Report on vaccination in Madras 1904-1921 - 1904-1921
Year: 1904
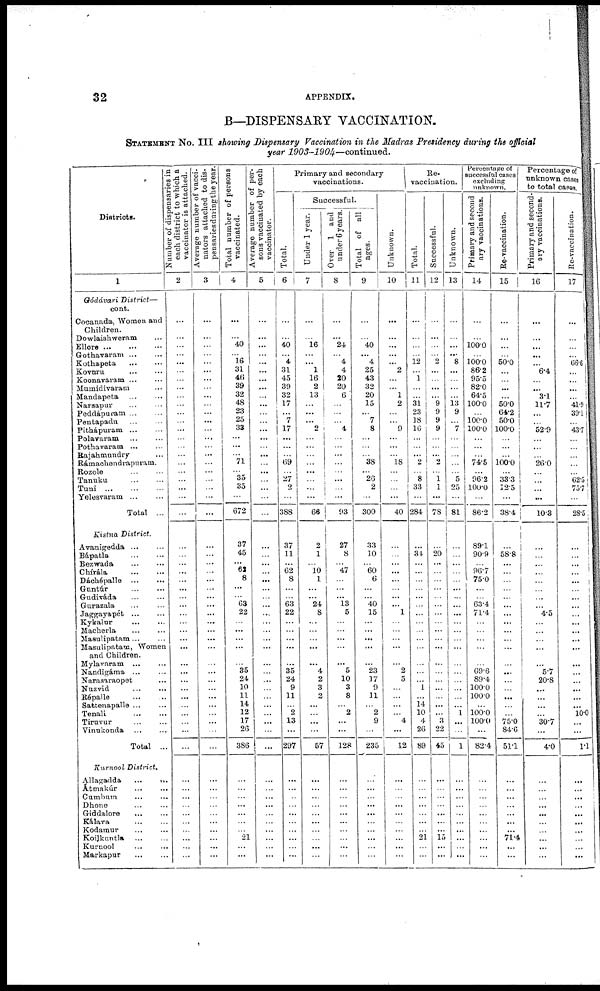
32
APPENDIX.
B—DISPENSARY VACCINATION.
STATEMENT No. III showing Dispensary Vaccination in the Madras Presidency during the official
year 1903-1904—continued.
Districts.
1
Gódávari District—
cont.
Cocanada, Women and
Children.
Dowlaishweram ...
Ellore ... ... ...
Gothavaram ... ...
Kothapeta ... ...
Kovuru ... ...
Koonavaram ... ...
Mumidivaram ... ...
Mandapeta ... ...
Narsapur ... ...
Peddápuram ... ...
Pentapadu ... ...
Pithápuram ... ...
Polavaram ... ...
Pothavaram ... ...
Rajahmundry ...
Rámachendrapuram.
Rozole ... ...
Tanuku ... ...
Tuni ... ... ...
Yelesvaram ... ...
Total ...
Kistna District.
Avanigedda ... ...
Bápatla ... ...
Bezwada ... ...
Chírála ... ...
Dáchépalle ... ...
Guntúr ... ...
Gudiváda ... ...
Gurazala ... ...
Jaggayapét ... ...
Kykalur ... ...
Macherla ... ...
Masulipatam... ...
Masulipatam, Women
and Children.
Mylavaram ... ...
Nandigáma ... ...
Narasaraopet ...
Nuzvid ... ...
Répalle ... ...
Sattenapalle ... ...
Tenali ... ...
Tiruvur ... ...
Vinukonda ... ...
Total ...
Kurnool District.
Allagadda
...
...
Átmakúr
...
...
Cumbum ... ...
Dhone ... ...
Giddalore ... ...
Kálava ... ...
Kodamur ... ...
Koilkuntla ... ...
Kurnool ... ...
Markapur ... ...
Number of dispensaries in
each district to which a
vaccinator is attached.
2
...
...
...
...
...
...
...
...
...
...
...
...
...
...
...
...
...
...
...
...
...
...
...
...
...
...
...
...
...
...
...
...
...
...
...
...
...
...
...
...
...
...
...
...
...
...
...
...
...
...
...
...
...
...
...
Average number of vacci-
nators attached to dis-
pensaries during the year.
3
...
...
...
...
...
...
...
...
...
...
...
...
...
...
...
...
...
...
...
...
...
...
...
...
...
...
...
...
...
...
...
...
...
...
...
...
...
...
...
...
...
...
...
...
...
...
...
...
...
...
...
...
...
...
...
Total number of persons
vaccinated.
4
...
...
40
...
16
31
46
39
32
48
23
25
33
...
...
...
71
...
35
35
...
672
37
45
...
62
8
...
...
63
22
...
...
...
...
...
35
24
10
11
14
12
17
26
386
...
...
...
...
...
...
...
21
...
...
Average number of per¬
sons vaccinated by each
vaccinator.
5
...
...
...
...
...
...
...
...
...
...
...
...
...
...
...
...
...
...
...
...
...
...
...
...
...
...
...
...
...
...
...
...
...
...
...
...
...
...
...
...
...
...
...
...
...
...
...
...
...
...
...
...
...
...
...
Primary and secondary
vaccinations.
Total.
6
...
...
40
...
4
31
45
39
32
17
...
7
17
...
...
...
69
...
27
2
...
388
37
11
...
62
8
...
...
63
22
...
...
...
...
...
35
24
9
11
...
2
13
...
297
...
...
...
...
...
...
...
...
...
...
Successful.
Under 1 year.
7
...
...
16
...
...
1
16
2
13
...
...
...
2
...
...
...
...
...
...
...
...
66
2
1
...
10 1
...
...
24
8
...
...
...
...
... 4
2
3
2
...
...
...
...
57
...
...
...
...
...
...
...
...
...
...
Over 1 and
under 6 years.
8
...
...
24
...
4
4
20
20
6
...
...
...
4
...
...
...
...
...
...
...
...
93
27
8
...
47
...
...
...
13
5
...
...
...
...
... 5
10
3
8
...
2
...
...
128
...
...
...
...
...
...
...
...
...
...
Total of all
ages.
9
...
...
40
...
4
25
43
32
20
15
...
7
8
...
...
...
38
...
26
2
...
300
33
10
...
60
6
...
...
40
15
...
...
...
...
...
23
17
9
11
...
2
9
...
235
...
...
...
...
...
...
...
...
...
...
Unknown.
10
...
...
...
...
...
2
...
...
1
2
...
...
9
...
...
...
18
...
...
...
...
40
...
...
...
...
...
...
...
... 1
...
...
...
...
... 2
5
...
...
...
...
4
...
12
...
...
...
...
...
...
...
...
...
...
Re¬
vaccination.
Total.
11
...
...
...
...
12
...
1
...
...
31
23
18
16
...
...
...
2
...
8
33
...
284
...
34 ...
...
...
...
...
...
...
...
...
...
...
...
...
...
1
...
14
10
4
26
89
...
...
...
...
...
...
...
21
...
...
Successful.
12
...
...
...
...
2
...
...
...
...
9
9
9
9
...
...
...
2
...
1
1
...
78
...
20
...
...
...
...
...
...
...
...
...
...
...
...
...
...
...
...
...
...
3
22
45
...
...
...
...
...
...
...
15
...
...
Unknown.
13
...
...
...
...
8
...
...
...
...
13
9
...
7
...
...
...
...
...
5
25
...
81
...
...
...
...
...
...
...
...
...
...
...
...
...
...
...
...
...
...
...
1
...
...
1
...
...
...
...
...
...
...
...
...
...
Percentage of
successful cases
excluding
unknown.
Primary and second¬
ary vaccinations.
14
...
...
100.0
...
100.0
86.2
95.5
82.0
64.5
100.0
...
100.0
100.0
...
...
...
74.5
...
96.2
100.0
...
86.2
89.1
90.9
...
96.7
75.0
...
...
63.4
71.4
...
...
...
...
...
69.6
89.4
100.0
100.0
...
100.0
100.0
...
82.4
...
...
...
...
...
...
...
...
...
...
Re-vaccination.
15
...
...
...
...
50.0
...
...
...
...
50.0
64.2
50.0
100.0
...
...
...
100.0
...
33.3
12.5
...
38.4
...
58.8
...
...
...
...
...
...
...
...
...
...
...
...
...
...
...
...
...
...
75.0
84.6
51.1
...
...
...
...
...
...
...
71.4
...
...
Percentage of
unknown cases
to total cases.
Primary and second-
ary vaccinations.
16
...
...
...
...
...
6.4
...
...
3.1
11.7
...
...
52.9
...
...
...
26.0
...
...
...
...
10.3.
...
...
...
...
...
...
...
...
4.5
...
...
...
...
...
5.7
20.8
...
...
...
...
30.7
...
4.0
...
...
...
...
...
...
...
...
...
...
Re-vaccination.
17
...
...
...
...
66.6
...
...
...
...
41.9 39.1
...
43.7
...
...
...
...
...
62.5
75.7
...
28.5
...
...
...
...
...
...
...
...
...
...
...
...
...
...
...
...
...
...
...
10.0
...
...
1.1
...
...
...
...
...
...
...
...
...
...